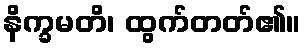
နိက္ခမတိ၊ ထွက်တတ်၏။